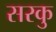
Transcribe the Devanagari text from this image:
सरकु